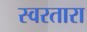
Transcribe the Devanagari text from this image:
स्वरतारा